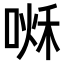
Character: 𠷘